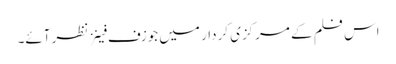
اس فلم کے مرکزی کردار میں جوزف فینز نظر آئے۔